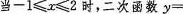
当$$- 1 ≤ x ≤ 2$$时，二次函数$$y =